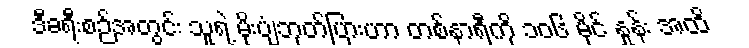
ဒီခရီးစဉ်အတွင်း သူရဲ့ မိုးပျံဘုတ်ပြားဟာ တစ်နာရီကို ၁၀၆ မိုင် နှုန်း အထိ